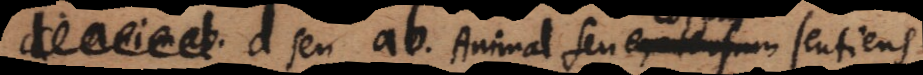
d seu ab, Animal seu extensum sentiens